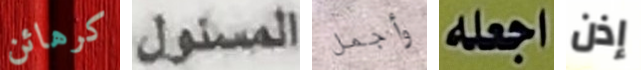
كرهائن المسئول وأجمل اجعله إذن